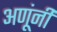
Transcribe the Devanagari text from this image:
अणूंनी